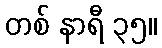
တစ် နာရီ ၃၅။